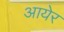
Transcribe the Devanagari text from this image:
आयेर